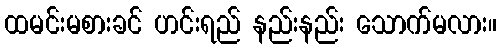
ထမင်းမစားခင် ဟင်းရည် နည်းနည်း သောက်မလား။